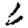
Digit: 6